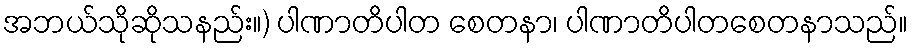
အဘယ်သိုဆိုသနည်း။) ပါဏာတိပါတ စေတနာ၊ ပါဏာတိပါတစေတနာသည်။